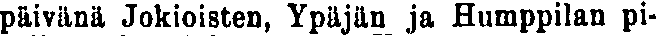
päivänä Jokioisten, Ypäjän ja Humppilan pi-